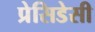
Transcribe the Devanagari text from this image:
प्रेसिडेसी